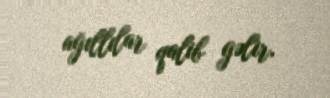
ağıllılar qalib gəlir.